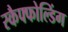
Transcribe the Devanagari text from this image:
स्कैफ्फोल्डिंग